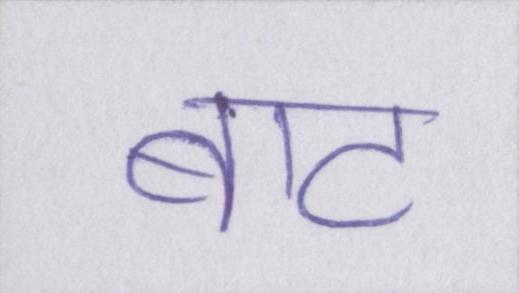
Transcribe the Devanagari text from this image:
बाट